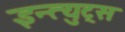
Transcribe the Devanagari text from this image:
इन्त्युट्स